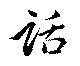
話